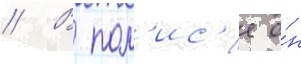
// В пол'ис'е о́н